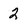
Character: 2